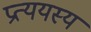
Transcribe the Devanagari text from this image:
प्रत्ययस्य